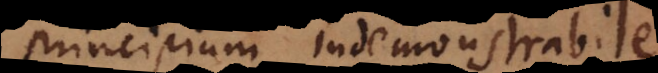
principium indemonstrabile.